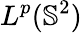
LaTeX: L^{p}(\mathbb{S}^{2})